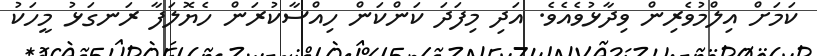
ކަމަށް އިލްމުވެރިން ވިދާޅުވެއެވެ. އަދި މިފަދަ ކަންކަން ހިއްސާކުރަން ހެޔޮލަފާ ރަނގަޅު މީހަކު